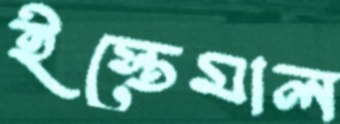
ইস্তেমাল